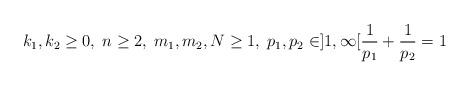
LaTeX: \begin{align*} k_1, k_2 \ge 0, \; n \ge 2, \; m_1, m_2, N \ge 1, \; p_1,p_2 \in ]1,\infty[ \frac{1}{p_1} + \frac{1}{p_2} = 1\end{align*}